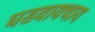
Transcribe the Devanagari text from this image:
घडवायचाय